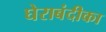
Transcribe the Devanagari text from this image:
घेराबंदीका